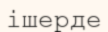
ішерде